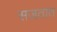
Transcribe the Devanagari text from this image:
सजतात